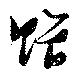
贈